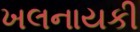
ખલનાયકી